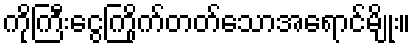
ကိုကြီးငွေကြိုက်တတ်သောအရောင်မျိုး။